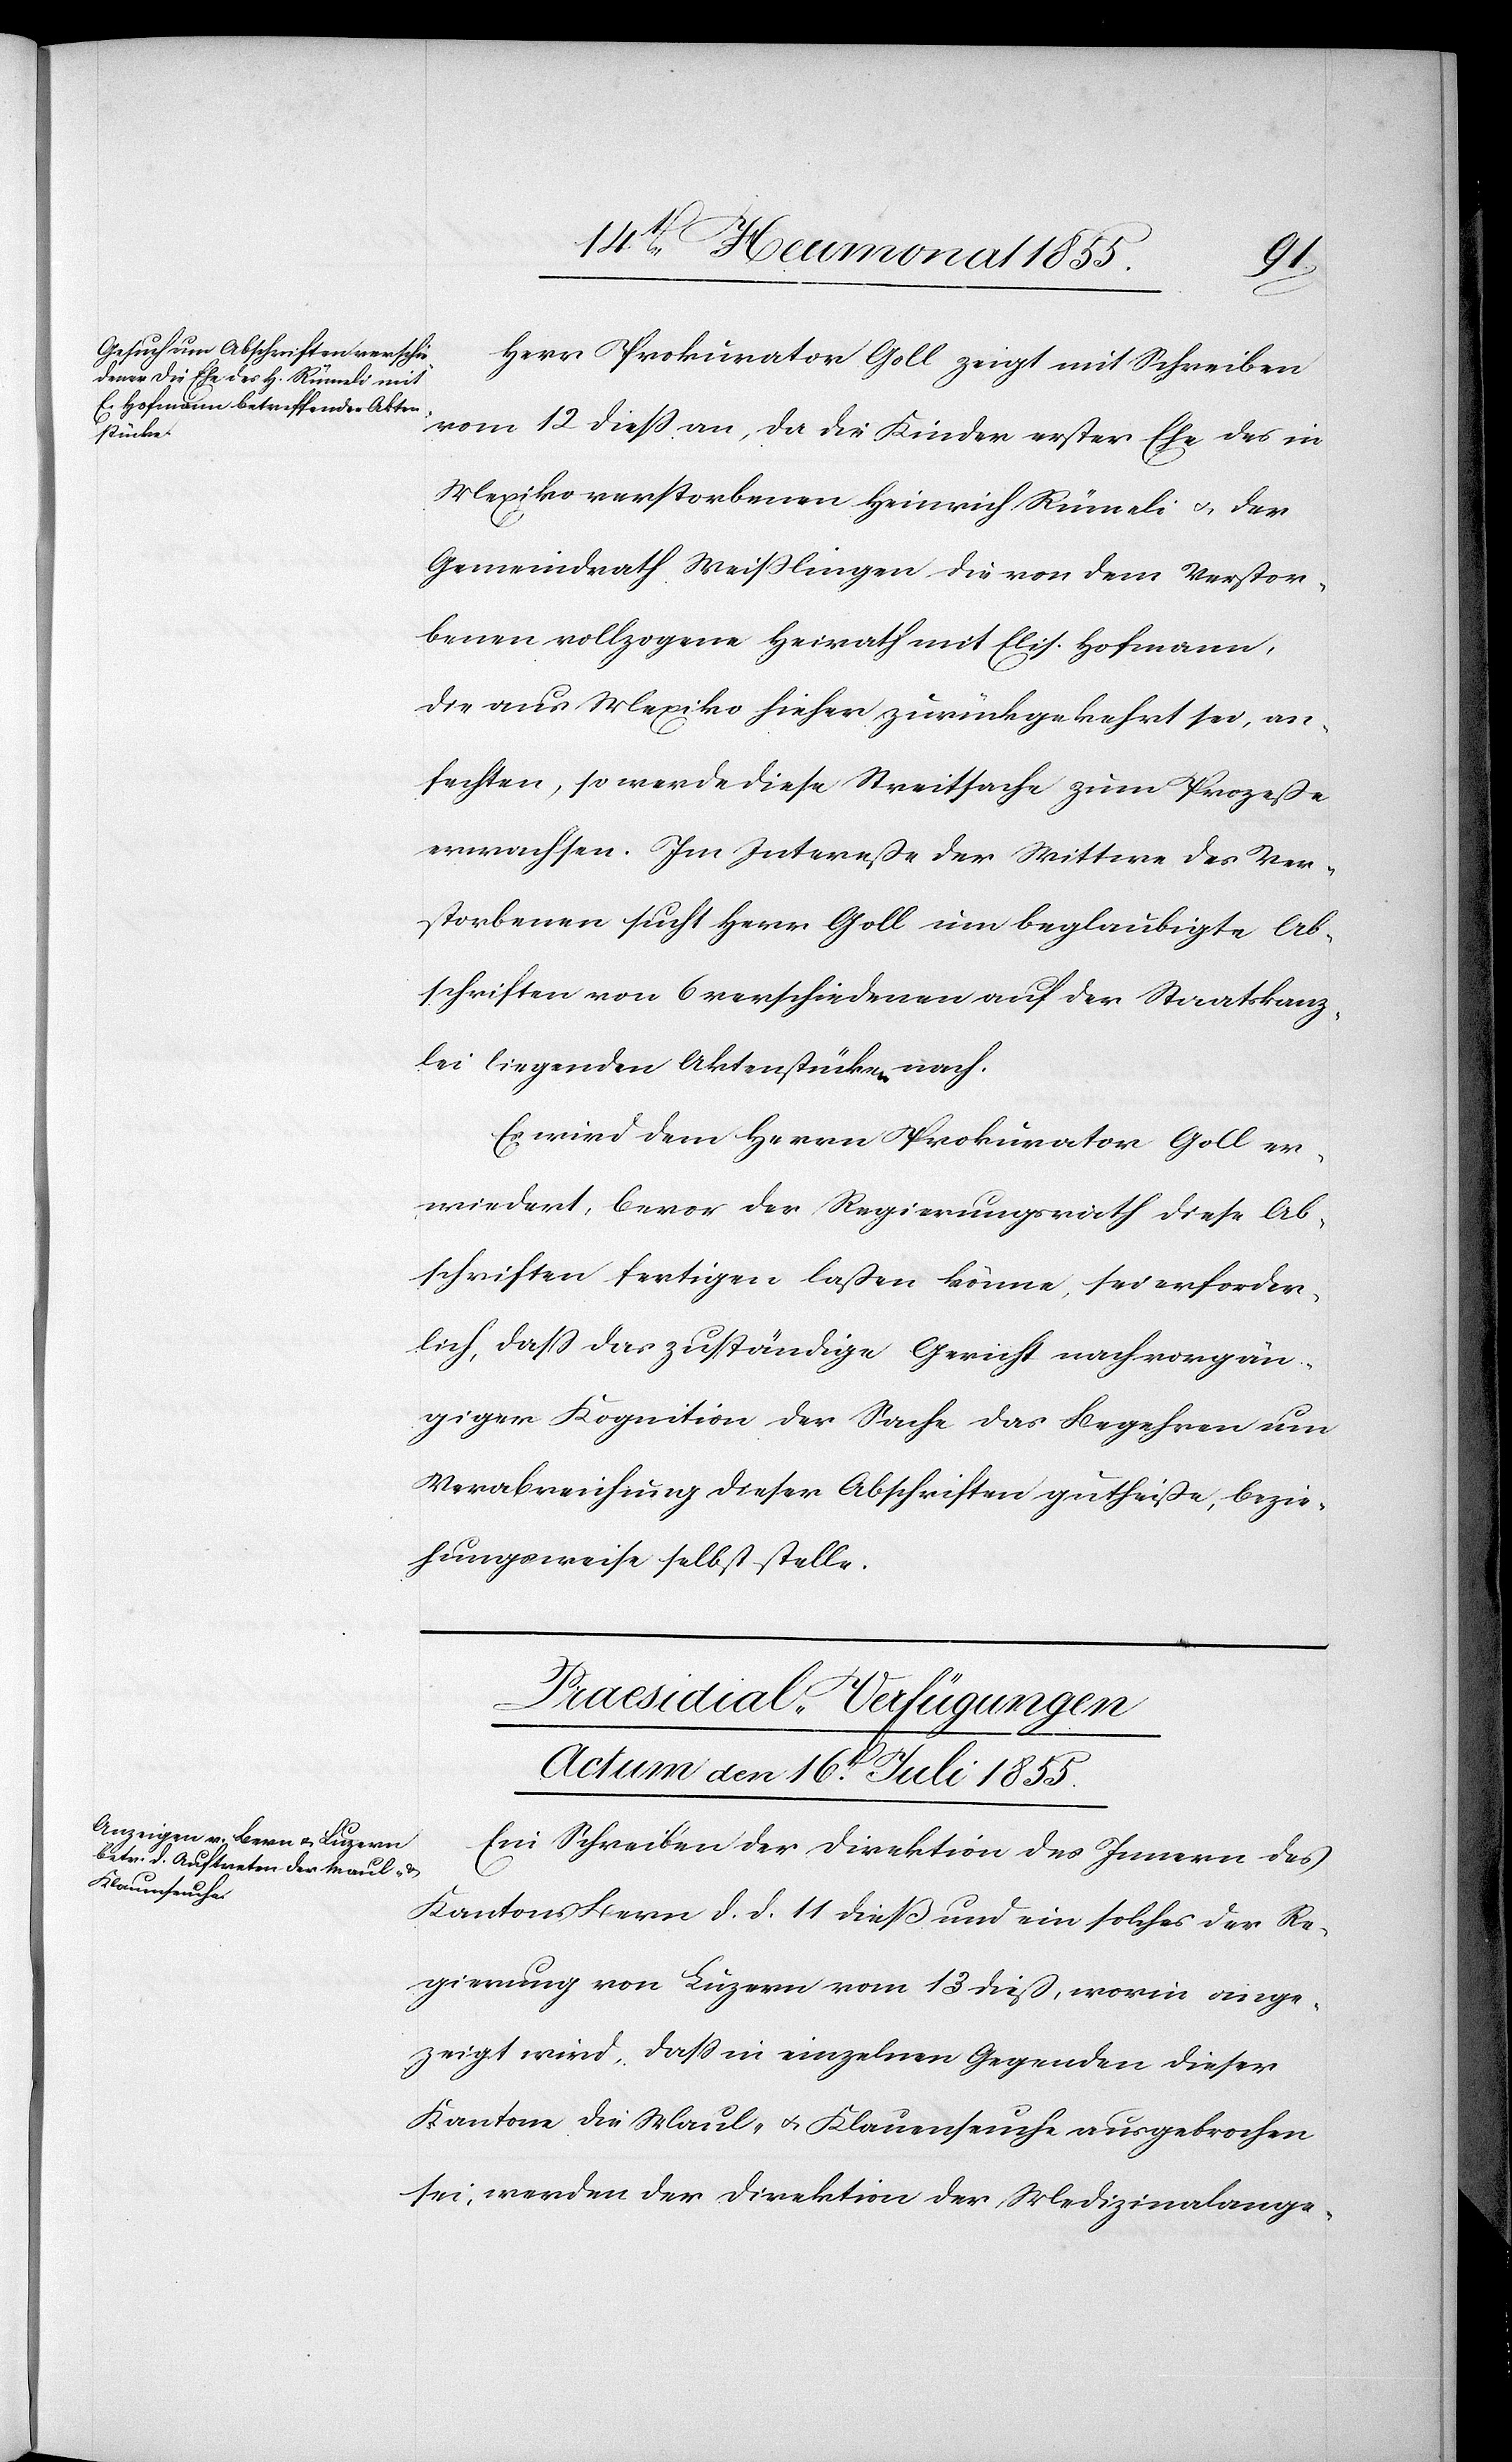
Herr Prokurator Goll zeigt mit Schreiben
vom 12 dieß an, da die Kinder erster Ehe des in
Mexiko verstorbenen Heinrich Rümeli & der
Gemeindrath Weißlingen die von dem Verstor¬
benen vollzogene Heirath mit Elis. Hofmann,
die aus Mexiko hieher zurückgekehrt sei, an¬
fechten, so werde diese Streitsache zum Prozeße
erwachsen. Im Intereße der Wittwe des Ver¬
storbenen sucht Herr Goll um beglaubigte Ab¬
schriften von 6 verschiedenen auf der Staatskanz¬
lei liegenden Aktenstücken nach.
Es wird dem Herrn Prokurator Goll er¬
wiedert, bevor der Regierungsrath diese Ab¬
schriften fertigen laßen könne, sei erforder¬
lich, dass das zuständige Gericht nach vorgän¬
giger Kognition der Sache das Begehren um
Verabreichung dieser Abschriften gutheiße, bezie¬
hungsweise selbst stelle.
Praesidial-Verfügungen
Actum den 16t[en]. Juli 1855.
Ein Schreiben der Direktion des Innern des
Kantons Bern d. d. 11 dieß und ein solches der Re¬
gierung von Luzern vom 13 dieß, worin ange¬
zeigt wird, dass in einzelnen Gegenden dieser
Kantone die Maul- & Klauenseuche ausgebrochen
sei, werden der Direktion der Medizinalange-